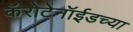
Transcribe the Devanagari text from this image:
कॅरोटेनॉईडच्या